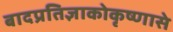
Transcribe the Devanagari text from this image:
बादप्रतिज्ञाकोकृष्णासे